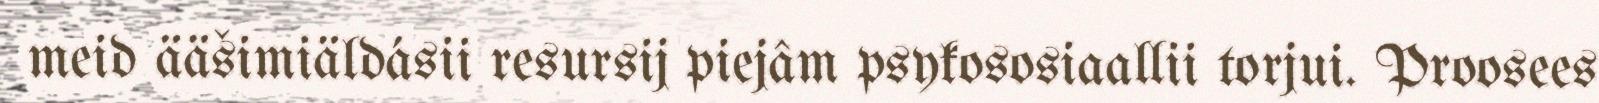
meid ääšimiäldásii resursij piejâm psykososiaallii torjui. Proosees